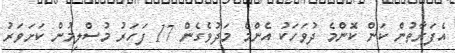
އެފަރާތުން ކަން ކޮންމެ ދުވަހަކު އެންމެ މަދުވެގެން 17 ފަހަރު މުސްލިމުން ކަށަވަރު